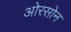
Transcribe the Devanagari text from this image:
ओरसोन